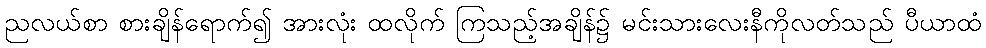
ညလယ်စာ စားချိန်ရောက်၍ အားလုံး ထလိုက် ကြသည့်အချိန်၌ မင်းသားလေးနီကိုလတ်သည် ပီယာထံ